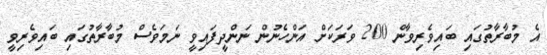
އެ މުބާރާތުގައި ބައިވެރިވާން 200 ވަރަކަށް އަންހެނުން ނަންދީފައިވީ ނަމަވެސް މުބާރާތުގައި ބައިވެރިވީ